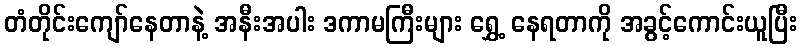
တံတိုင်းကျော်နေတာနဲ့ အနီးအပါး ဒကာမကြီးများ ရွှေ့ နေရတာကို အခွင့်ကောင်းယူပြီး